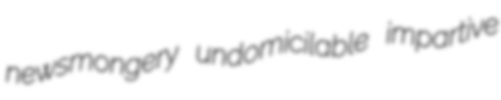
newsmongery undomicilable impartive